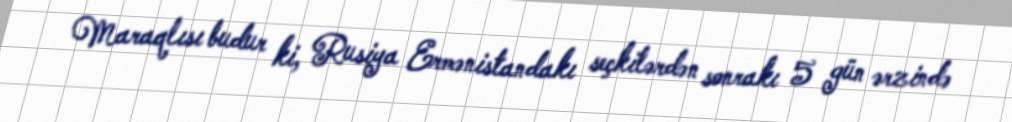
Maraqlısı budur ki, Rusiya Ermənistandakı seçkilərdən sonrakı 5 gün ərzində